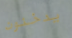
يدخنون